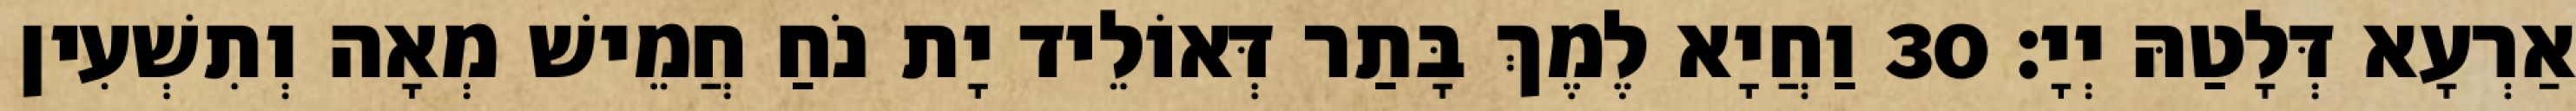
אַרְעָא דְּלָטַהּ יְיָ׃ 30 וַחֲיָא לֶמֶךְ בָּתַר דְּאוֹלֵיד יָת נֹחַ חֲמֵישׁ מְאָה וְתִשְׁעִין